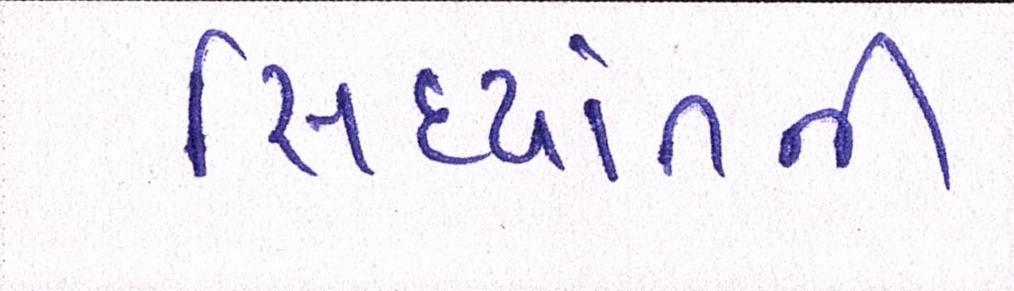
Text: સિદ્ધાંતની